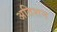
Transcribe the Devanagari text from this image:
अतिशन